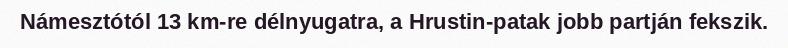
Námesztótól 13 km-re délnyugatra, a Hrustin-patak jobb partján fekszik.